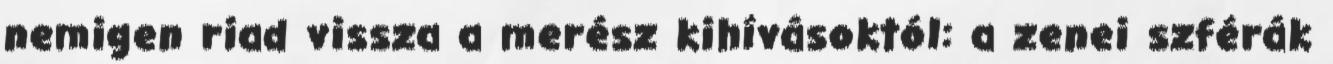
nemigen riad vissza a merész kihívásoktól: a zenei szférák